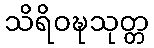
သိရိဝဍ္ဎသုတ္တ